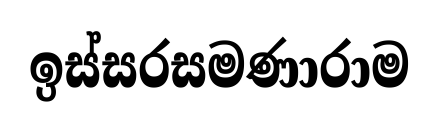
ඉස්සරසමණාරාම